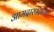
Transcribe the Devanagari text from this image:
आमदारपदाच्या